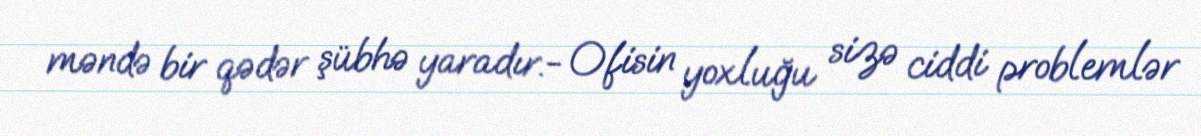
məndə bir qədər şübhə yaradır.- Ofisin yoxluğu sizə ciddi problemlər